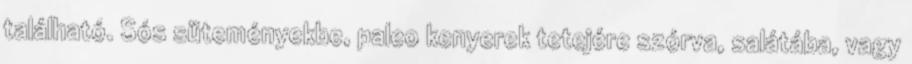
található. Sós süteményekbe, paleo kenyerek tetejére szórva, salátába, vagy